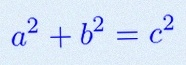
a^2+b^2=c^2